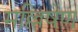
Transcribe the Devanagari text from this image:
मल्लिषेण